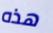
هذه